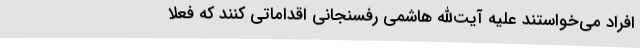
افراد می‌خواستند علیه آیت‌الله هاشمی رفسنجانی اقداماتی کنند که فعلا